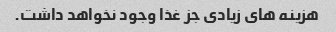
هزینه های زیادی جز غذا وجود نخواهد داشت.